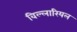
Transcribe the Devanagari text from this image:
विल्लारियल